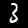
Label: 3